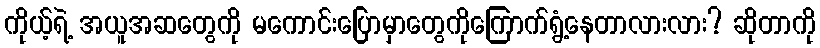
ကိုယ့်ရဲ့ အယူအဆတွေကို မကောင်းပြောမှာတွေကိုကြောက်ရွံ့နေတာလားလား? ဆိုတာကို